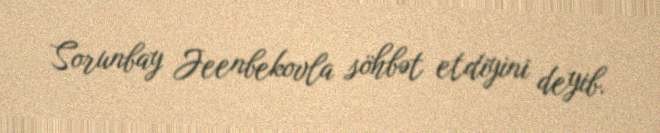
Sorunbay Jeenbekovla söhbət etdiyini deyib.